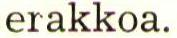
erakkoa.